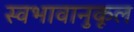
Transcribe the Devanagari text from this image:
स्वभावानुकूल